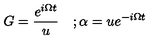
G = \frac { e ^ { i \Omega t } } u \quad ; \alpha = u e ^ { - i \Omega t }